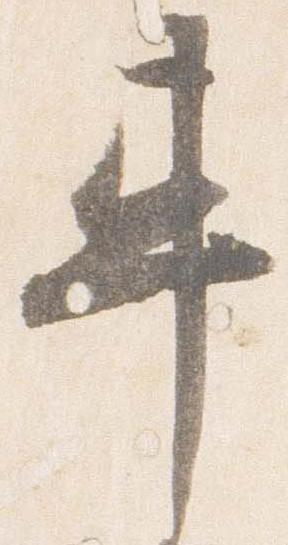
車